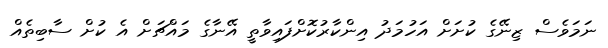
ނަމަވެސް ޒިނޭގެ ކުށަށް އަހުމަދު އިންކާރުކޮށްފައިވާތީ އޭނާގެ މައްޗަށް އެ ކުށް ސާބިތެއް